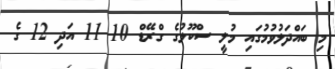
މި ބައްދަލުވުމުގައި މުލީ ސްކޫލުގެ ގްރޭޑް 10 11 އަދި 12 ގެ